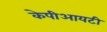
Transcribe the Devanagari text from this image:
केपीआयटी